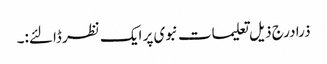
ذرا درج ذیل تعلیمات نبوی پر ایک نظر ڈالئے:۔